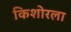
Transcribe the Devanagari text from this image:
किशोरला